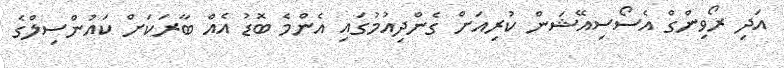
އަދި ރޯވިންގް އެސޯސިއޭޝަން ކުރިއަށް ގެންދިއުމުގައި އެންމެ ބޮޑު އެއް ބާރަކަށް ކައުންސިލްގެ